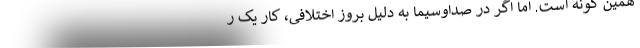
همین گونه است. اما اگر در صداوسیما به دلیل بروز اختلافی، کار یک ر